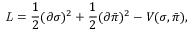
{ \it { L } } = { \frac { 1 } { 2 } } ( \partial \sigma ) ^ { 2 } + { \frac { 1 } { 2 } } ( \partial { \bar { \pi } } ) ^ { 2 } - V ( \sigma , { \bar { \pi } } ) ,